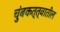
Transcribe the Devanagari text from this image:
चुंबकत्त्वातील